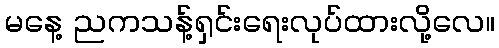
မနေ့ ညကသန့်ရှင်းရေးလုပ်ထားလို့လေ။